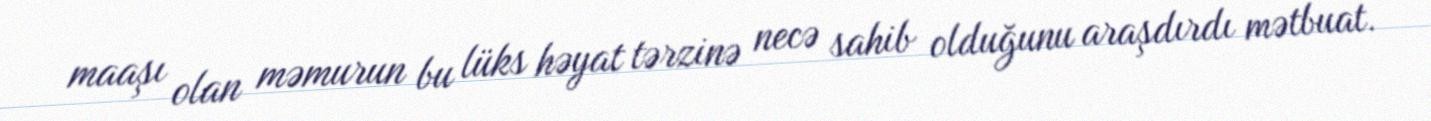
maaşı olan məmurun bu lüks həyat tərzinə necə sahib olduğunu araşdırdı mətbuat.